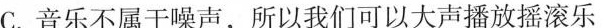
C.音乐不属于噪声，所以我们可以大声播放摇滚乐